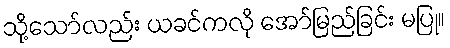
သို့သော်လည်း ယခင်ကလို အော်မြည်ခြင်း မပြု။